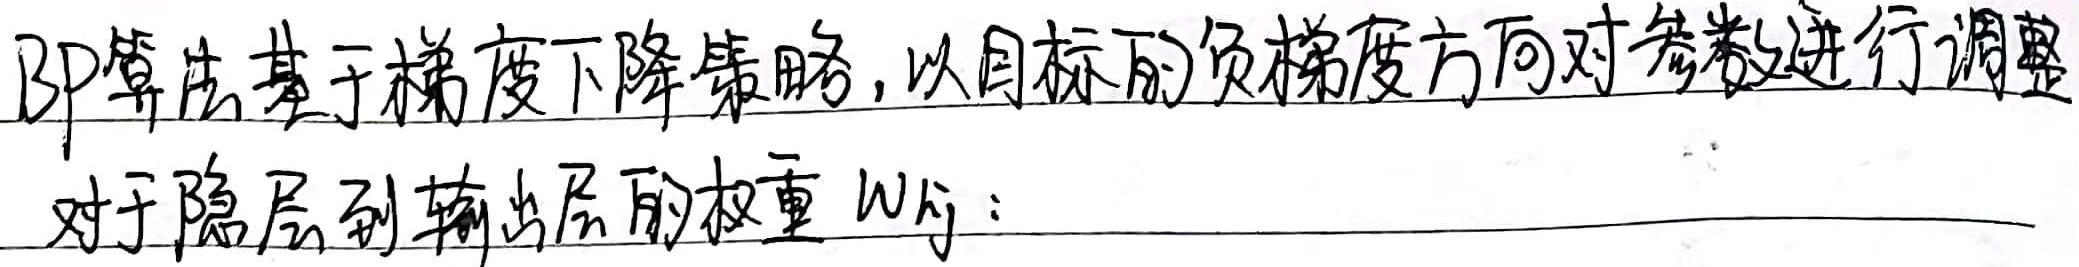
BP算法基于梯度下降策略，以目标的负梯度方向对参数进行调整。对于隐层到输出层的权重 \(w_{ij}\)：